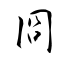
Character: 冏